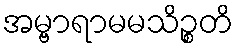
အမ္ဗာရာမမသိဉ္စတိ